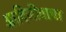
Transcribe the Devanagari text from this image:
आदिजीवाचा